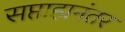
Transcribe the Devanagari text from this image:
सप्ताहानंतर